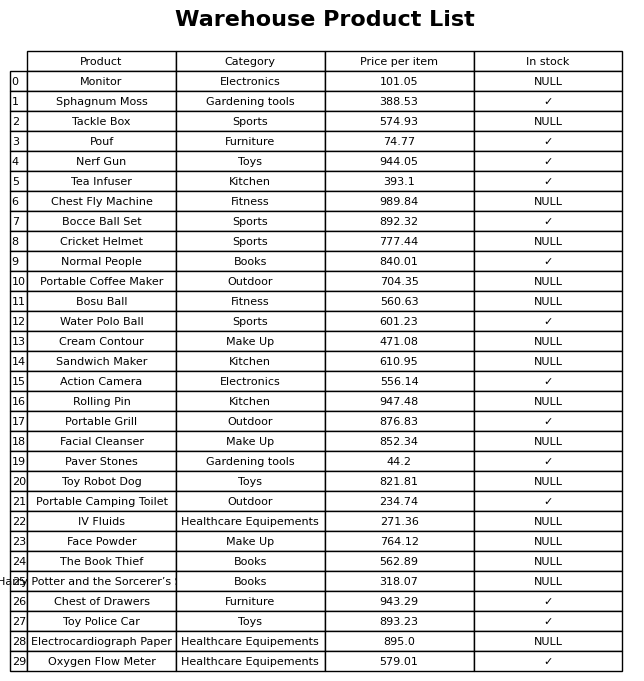
question: What is the stock status of the Toy Robot Dog?
answer: NULL